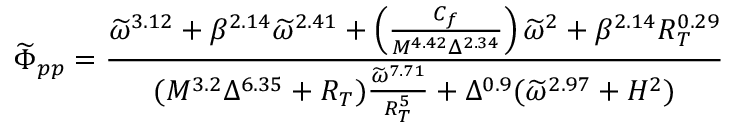
\widetilde \Phi _ { p p } = \frac { \widetilde \omega ^ { 3 . 1 2 } + \beta ^ { 2 . 1 4 } \widetilde \omega ^ { 2 . 4 1 } + \left( \frac { C _ { f } } { M ^ { 4 . 4 2 } \Delta ^ { 2 . 3 4 } } \right) \widetilde \omega ^ { 2 } + \beta ^ { 2 . 1 4 } R _ { T } ^ { 0 . 2 9 } } { ( M ^ { 3 . 2 } \Delta ^ { 6 . 3 5 } + R _ { T } ) \frac { \widetilde \omega ^ { 7 . 7 1 } } { R _ { T } ^ { 5 } } + \Delta ^ { 0 . 9 } ( \widetilde \omega ^ { 2 . 9 7 } + H ^ { 2 } ) }